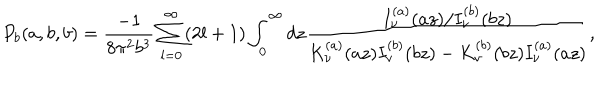
P _ { b } ( a , b , b ) = \frac { - 1 } { 8 \pi ^ { 2 } b ^ { 3 } } \sum _ { l = 0 } ^ { \infty } ( 2 l + 1 ) \int _ { 0 } ^ { \infty } d z \frac { I _ { \nu } ^ { ( a ) } ( a z ) / I _ { \nu } ^ { ( b ) } ( b z ) } { K _ { \nu } ^ { ( a ) } ( a z ) I _ { \nu } ^ { ( b ) } ( b z ) - K _ { \nu } ^ { ( b ) } ( b z ) I _ { \nu } ^ { ( a ) } ( a z ) } ,